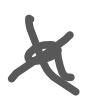
Text: a
Cross-out: cross
Writing tool: digital_gray